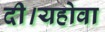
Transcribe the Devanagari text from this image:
दी।यहोवा